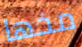
مخها